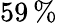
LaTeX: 59\, \%